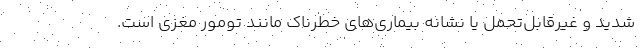
شدید و غیرقابل‌تحمل یا نشانه بیماری‌های خطرناک مانند تومور مغزی است.